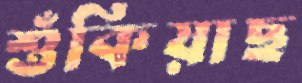
শুঁকিয়াছ